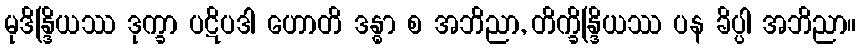
မုဒိန္ဒြိယဿ ဒုက္ခာ ပဋိပဒါ ဟောတိ ဒန္ဓာ စ အဘိညာ, တိက္ခိန္ဒြိယဿ ပန ခိပ္ပါ အဘိညာ။